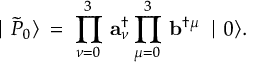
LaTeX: \mid \tilde { P } _ { 0 } \rangle \: = \: \prod _ { \nu = 0 } ^ { 3 } \, { \mathbf a } _ { \nu } ^ { \dagger } \prod _ { \mu = 0 } ^ { 3 } \, { \mathbf b } ^ { \dagger \mu } \, \mid 0 \rangle .